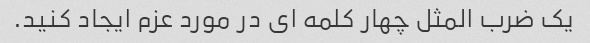
یک ضرب المثل چهار کلمه ای در مورد عزم ایجاد کنید.